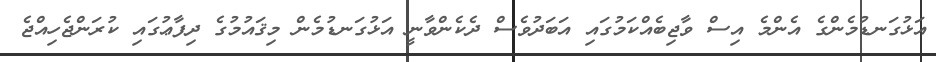
އަޅުގަނޑުމެންގެ އެންމެ އިސް ވާޖިބެއްކަމުގައި އަބަދުވެސް ދެކެންވާނީ އަޅުގަނޑުމެން މިޤައުމުގެ ދިފާޢުގައި ކުރަންޖެހިއްޖެ